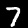
Label: 7